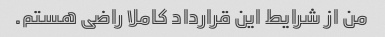
من از شرایط این قرارداد کاملا راضی هستم.